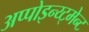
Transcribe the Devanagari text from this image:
अप्पोइन्य्ट्मेन्ट